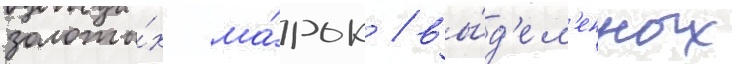
золоты́х ма́рок / вы́д'ел'енных